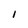
Character: i